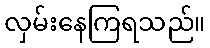
လှမ်းနေကြရသည်။